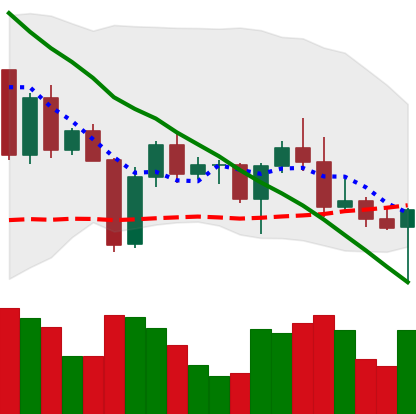
Ticker: BNB-USD
Chart end date: 2022-04-25
Forward return: -6.574%
Label: down_5_7